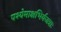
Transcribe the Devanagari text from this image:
पश्येमाक्षभिर्यजत्राः